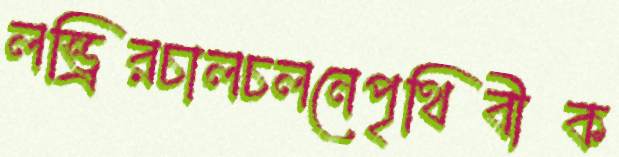
লন্ড্রিরচালচলনেপৃথিবীক